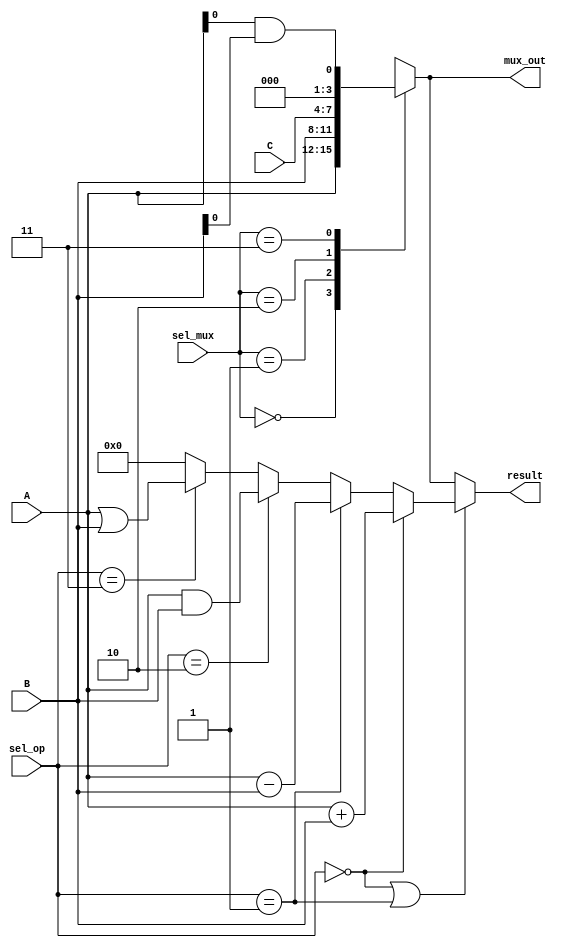
module combinational_logic_blocks (
    input wire [3:0] A,          // 4-bit input A
    input wire [3:0] B,          // 4-bit input B
    input wire [3:0] C,          // 4-bit input C (optional)
    input wire [1:0] sel_op,     // Operation selector
    input wire [1:0] sel_mux,    // MUX selector
    output wire [3:0] result,     // Result output
    output wire [3:0] mux_out     // MUX output
);

// Logic Unit
wire and_out, or_out, not_out, xor_out;

assign and_out = A[0] & B[0];
assign or_out = A[0] | B[0];
assign not_out = ~A[0];
assign xor_out = A[0] ^ B[0];

// Arithmetic Logic Unit (ALU)
wire [3:0] alu_result;
assign alu_result = (sel_op == 2'b00) ? (A + B) : // Addition
                    (sel_op == 2'b01) ? (A - B) : // Subtraction
                    (sel_op == 2'b10) ? (A & B) : // AND
                    (sel_op == 2'b11) ? (A | B) : // OR
                    4'b0000; // Default

// Multiplexer
always @(*) begin
    case (sel_mux)
        2'b00: mux_out = A;          // Select A
        2'b01: mux_out = B;          // Select B
        2'b10: mux_out = C;          // Select C
        2'b11: mux_out = {3'b000, and_out}; // Select AND output
        default: mux_out = 4'b0000;  // Default case
    endcase
end

// Result output based on operation selection
assign result = (sel_op == 2'b00 || sel_op == 2'b01) ? alu_result : mux_out;

endmodule